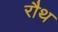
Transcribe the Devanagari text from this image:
रौथ